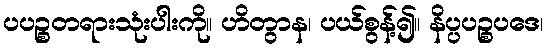
ပပဉ္စတရားသုံးပါးကို။ ဟိတွာန၊ ပယ်စွန့်၍။ နိပ္ပပဉ္စပဒေ၊